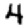
Digit: 4